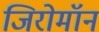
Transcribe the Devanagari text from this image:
जिरोमॉन